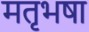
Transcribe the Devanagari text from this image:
मतृभषा